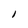
Character: 1